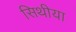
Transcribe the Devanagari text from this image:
सिथीया